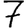
Digit: 7